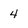
Character: 4